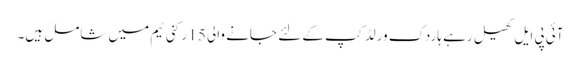
آئی پی ایل کھیل رہے ہاردک ورلڈ کپ کے لئے جانے والی 15 رکنی ٹیم میں شامل ہیں۔